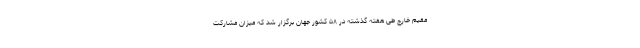
مقیم خارج طی هفته گذشته در ۵۸ کشور جهان برگزار شد که میزان مشارکت